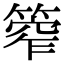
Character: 𥰾